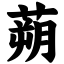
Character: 蒴